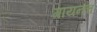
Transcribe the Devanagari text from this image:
गायनच